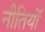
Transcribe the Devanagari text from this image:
नीतियॉं